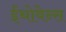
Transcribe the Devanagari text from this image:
ईंथोवेन्स